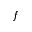
f